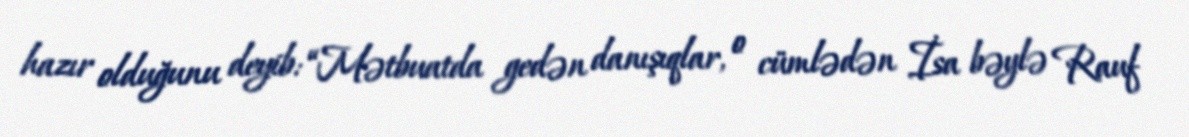
hazır olduğunu deyib: “Mətbuatda gedən danışıqlar, o cümlədən İsa bəylə Rauf